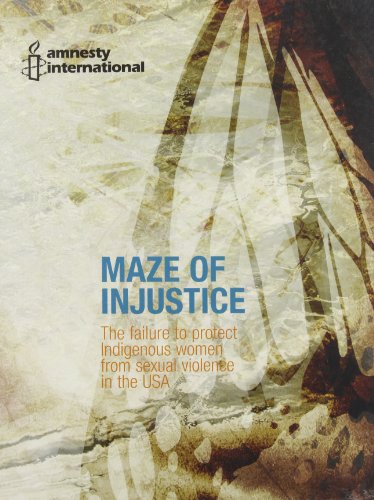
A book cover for Maze of Injustice: The Failure to Protect Indigenous Women from Sexual Violence in the USA; Law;